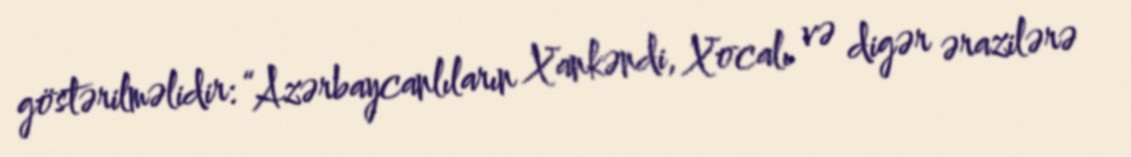
göstərilməlidir: “Azərbaycanlıların Xankəndi, Xocalı və digər ərazilərə